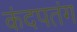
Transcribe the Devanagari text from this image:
कंदपतंग